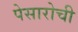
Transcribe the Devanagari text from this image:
पेसारोची